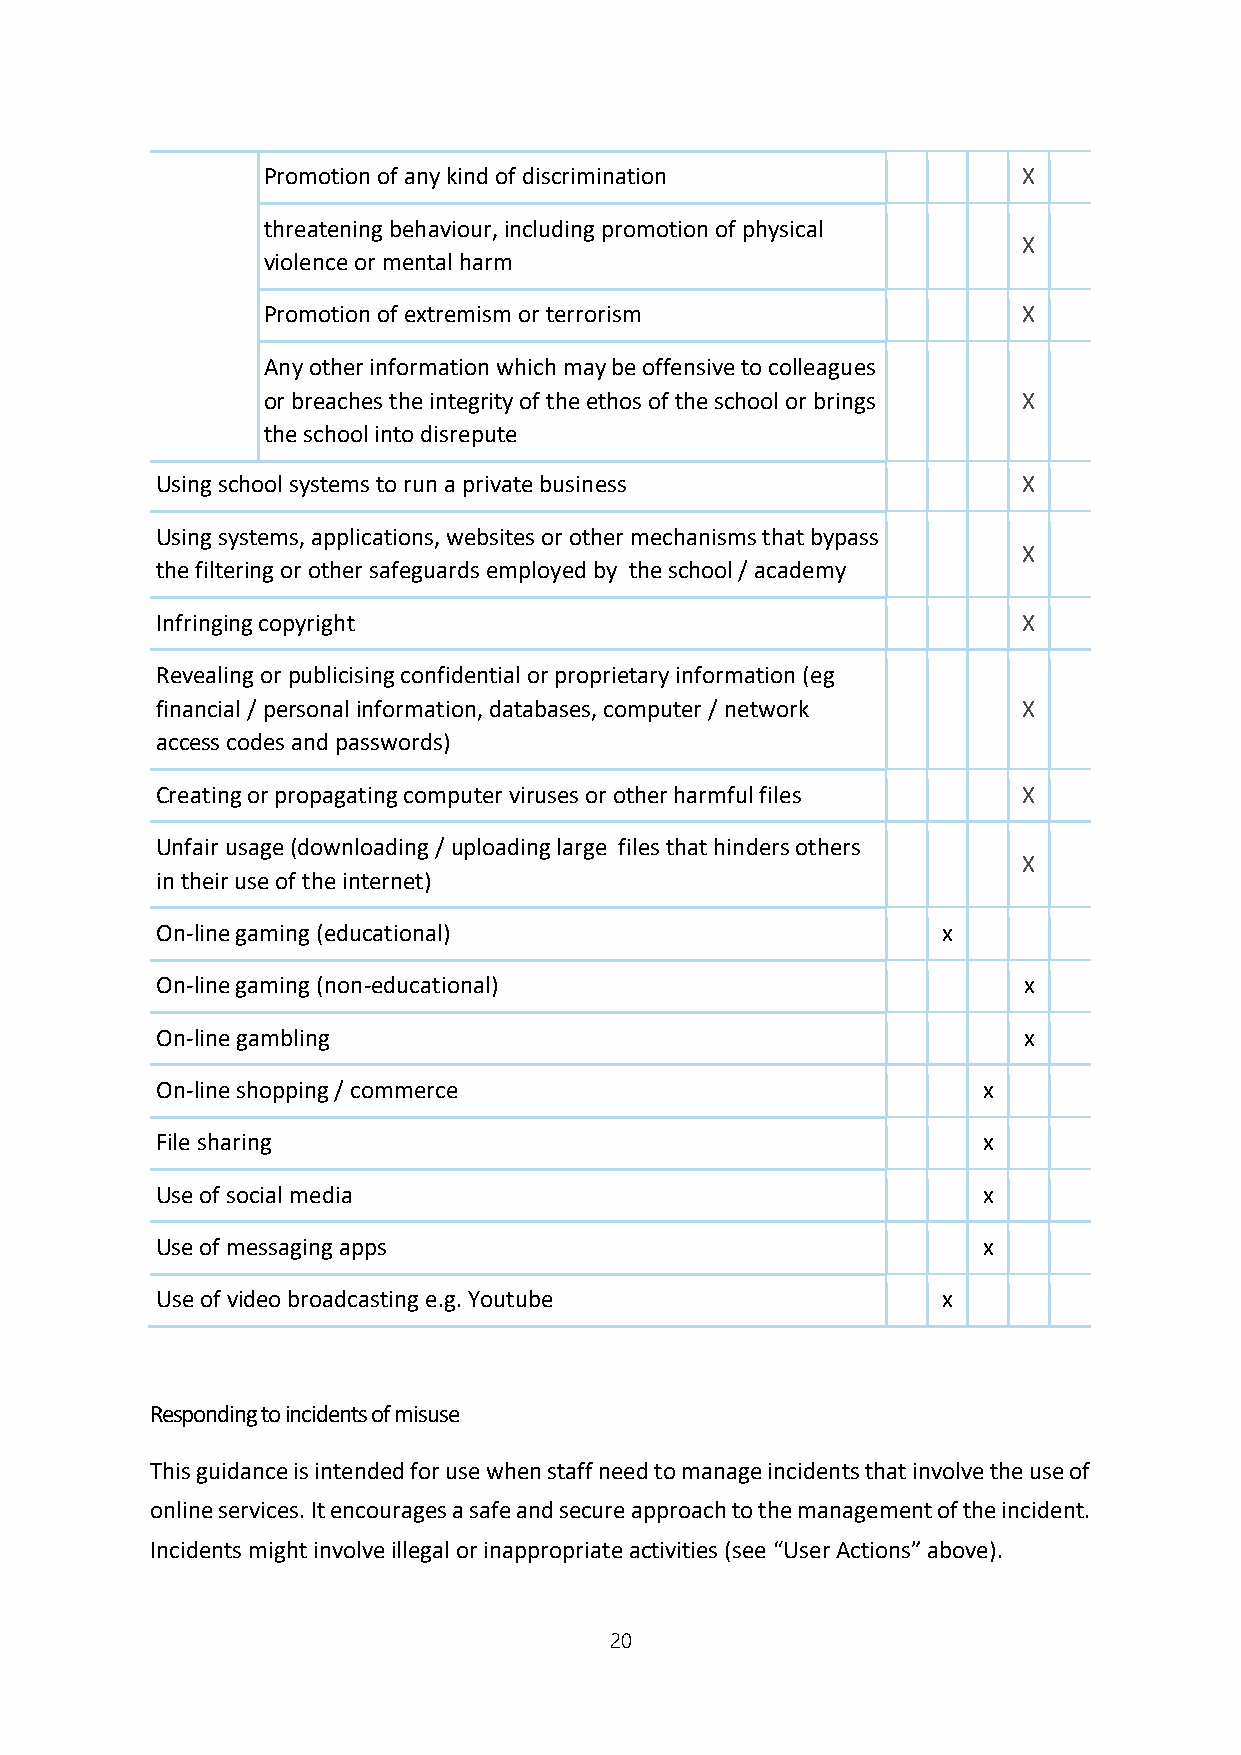
Promotion of any kind of discrimination            X
 threatening behaviour, including promotion of physical
 X
 violence or mental harm
 Promotion of extremism or terrorism                X
 Any other information which may be offensive to colleagues
 or breaches the integrity of the ethos of the school or brings X
 the school into disrepute
 Using school systems to run a private business            X
 Using systems, applications, websites or other mechanisms that bypass
 X
 the filtering or other safeguards employed by the school / academy
 Infringing copyright                                      X
 Revealing or publicising confidential or proprietary information (eg
 financial / personal information, databases, computer / network X
 access codes and passwords)
 Creating or propagating computer viruses or other harmful files X
 Unfair usage (downloading / uploading large files that hinders others
 X
 in their use of the internet)
 On-line gaming (educational)                        x
 On-line gaming (non-educational)                          x
 On-line gambling                                          x
 On-line shopping / commerce                            x
 File sharing                                           x
 Use of social media                                    x
 Use of messaging apps                                  x
 Use of video broadcasting e.g. Youtube              x
 Responding to incidents of misuse
 This guidance is intended for use when staff need to manage incidents that involve the use of
 online services. It encourages a safe and secure approach to the management of the incident.
 Incidents might involve illegal or inappropriate activities (see “User Actions” above).
 20